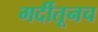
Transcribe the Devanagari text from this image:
गर्दीतूनच